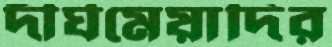
দীর্ঘমেয়াদির